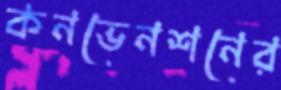
কনভেনশনের